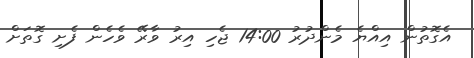
އެގޮތުން އިއްޔެ މެންދުރު 14:00 ޖެހި އިރު ވާރޭ ވެހެން ފެށި ގޮތަށް